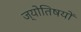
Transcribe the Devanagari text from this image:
ज्योतिषयों